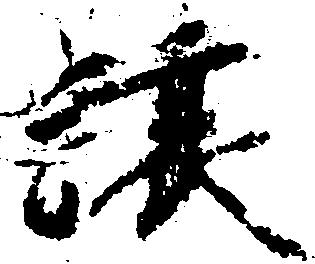
譲